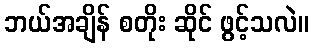
ဘယ်အချိန် စတိုး ဆိုင် ဖွင့်သလဲ။